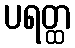
ပရတ္ထ